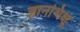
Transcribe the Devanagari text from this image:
ज्ञानभिक्षू